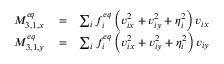
\begin{array} { r l r } { M _ { 3 , 1 , x } ^ { e q } } & { { } = } & { \sum _ { i } { f _ { i } ^ { e q } \left( { v _ { i x } ^ { 2 } + v _ { i y } ^ { 2 } + \eta _ { i } ^ { 2 } } \right) { v _ { i x } } } } \\ { M _ { 3 , 1 , y } ^ { e q } } & { { } = } & { \sum _ { i } { f _ { i } ^ { e q } \left( { v _ { i x } ^ { 2 } + v _ { i y } ^ { 2 } + \eta _ { i } ^ { 2 } } \right) { v _ { i y } } } } \end{array}